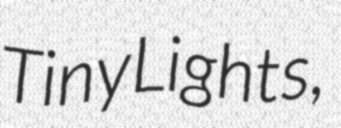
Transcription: Tiny Lights,